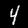
Label: 4